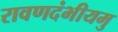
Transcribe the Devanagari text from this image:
रावणदंभीयमु